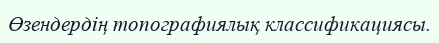
Өзендердің топографиялық классификациясы.